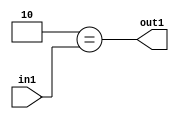
`timescale 1ps / 1ps
/*****************************************************************************
    Verilog RTL Description
    
    
    Created by: Stratus DpOpt 2019.1.01 
*******************************************************************************/

module in_buff_Eqi2u3_1 (
	in1,
	out1
	); /* architecture "behavioural" */ 
input [2:0] in1;
output  out1;
wire  asc001;

assign asc001 = (8'B00000010==in1);

assign out1 = asc001;
endmodule

/* CADENCE  urf4TQ4= : u9/ySgnWtBlWxVPRXgAZ4Og= ** DO NOT EDIT THIS LINE ******/